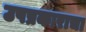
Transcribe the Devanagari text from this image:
उपप्रकाराचा